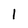
Character: l